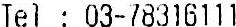
TEL : 03-78316111